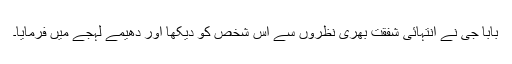
بابا جی نے انتہائی شفقت بھری نظروں سے اس شخص کو دیکھا اور دھیمے لہجے میں فرمایا۔